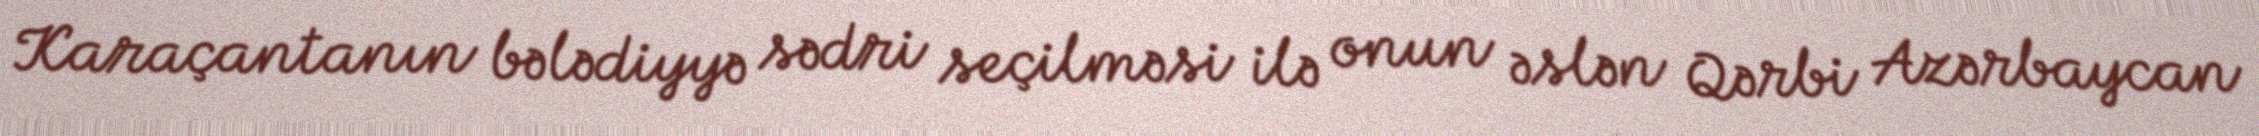
Karaçantanın bələdiyyə sədri seçilməsi ilə onun əslən Qərbi Azərbaycan